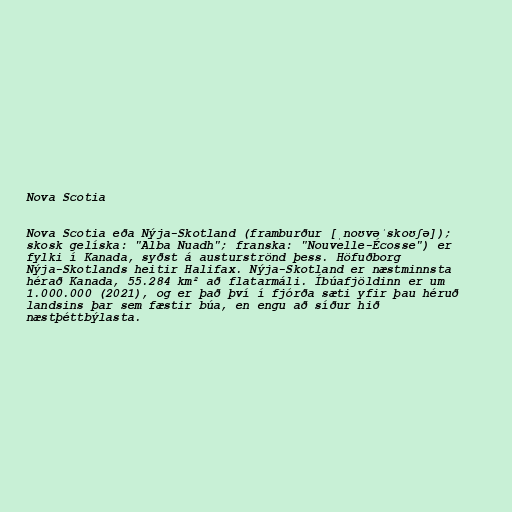
Nova Scotia

Nova Scotia eða Nýja-Skotland (framburður [ˌnoʊvəˈskoʊʃə]);
skosk gelíska: "Alba Nuadh"; franska: "Nouvelle-Écosse") er
fylki í Kanada, syðst á austurströnd þess. Höfuðborg
Nýja-Skotlands heitir Halifax. Nýja-Skotland er næstminnsta
hérað Kanada, 55.284 km² að flatarmáli. Íbúafjöldinn er um
1.000.000 (2021), og er það því í fjórða sæti yfir þau héruð
landsins þar sem fæstir búa, en engu að síður hið
næstþéttbýlasta.